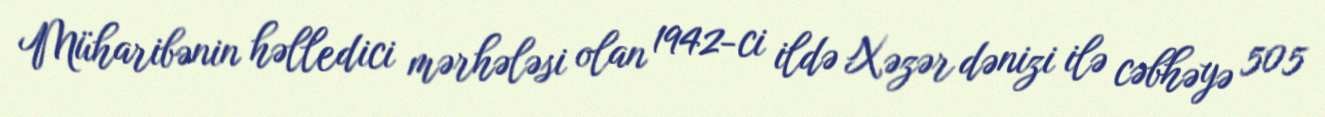
Müharibənin həlledici mərhələsi olan 1942-ci ildə Xəzər dənizi ilə cəbhəyə 505